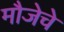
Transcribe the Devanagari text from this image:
मौजेचे